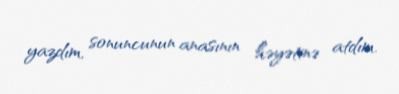
yazdım, sonuncunun anasının həyətinə atdım.